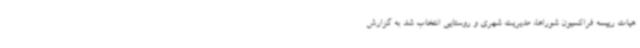
هیات رییسه فراکسیون شوراها، مدیریت شهری و روستایی انتخاب شد به گزارش